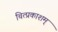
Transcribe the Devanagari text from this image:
चित्प्रकाशम्‌